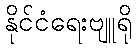
နိုင်ငံရေးဗျူရို